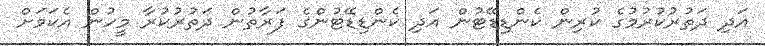
އަދި ދަތުރުކުރުމުގެ ކުރިން ކެންޑިޑޭޓުން އަދި ކެންޑިޑޭޓުންގެ ފަރާތުން ދަތުރުކުރާ މީހުން އެކަމަށް